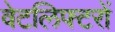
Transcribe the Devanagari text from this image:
वेटलिफ्टरों